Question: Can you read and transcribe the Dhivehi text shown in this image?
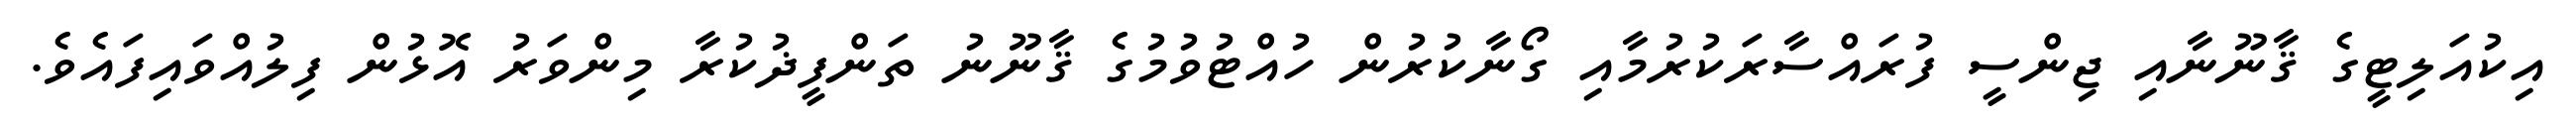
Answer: އިކުއަލިޓީގެ ޤާނޫނާއި ޖިންސީ ފުރައްސާރަކުރުމާއި ގޯނާކުރުން ހުއްޓުވުމުގެ ޤާނޫނު ތަންފީޛުކުރާ މިންވަރު އޮޅުން ފިލުއްވައިފައެވެ.